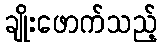
ချိုးဖောက်သည့်